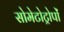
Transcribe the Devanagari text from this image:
सोमेटोट्रोपों